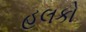
હલકો